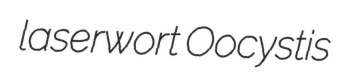
laserwort Oocystis